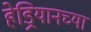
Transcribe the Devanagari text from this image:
हेड्रियानच्या